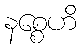
နစ္စေဟိ